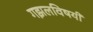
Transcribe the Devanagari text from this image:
गझलविषयी